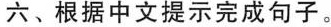
六、根据中文提示完成句子。